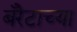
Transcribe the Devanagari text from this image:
बॅरेटाच्या